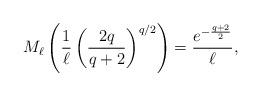
LaTeX: \begin{align*} M_\ell\left(\frac{1}{\ell}\left(\frac{2q}{q+2}\right)^{q/2}\right)=\frac{e^{-\frac{q+2}{2}}}{\ell},\end{align*}